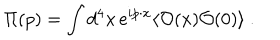
LaTeX: \Pi ( p ) = \int d ^ { 4 } x \, e ^ { i p \cdot x } \langle { \cal O } ( x ) { \cal O } ( 0 ) \rangle \ .